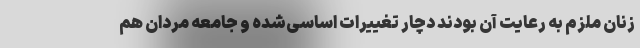
زنان ملزم به رعایت آن بودند دچار تغییرات اساسی‌شده و جامعه مردان هم